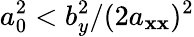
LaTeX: a_{0}^{2}<b_{y}^{2}/(2a_{\mathbf{x}\mathbf{x}})^{2}